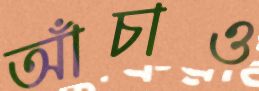
আঁচাও